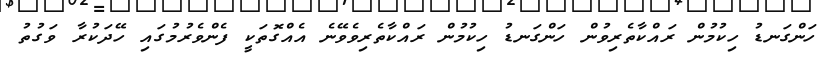
ހަންގަނޑު ހިކުމުން ރައްކާތެރިވުން ހަންގަނޑު ހިކުމުން ރައްކާތެރިވެވޭނެ އެއްގޮތަކީ ފެންވެރުމުގައި ހޭދަކުރާ ވަގުތު